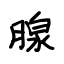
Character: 腺